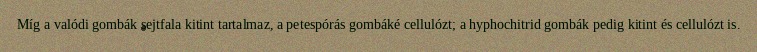
Míg a valódi gombák sejtfala kitint tartalmaz, a petespórás gombáké cellulózt; a hyphochitrid gombák pedig kitint és cellulózt is.